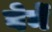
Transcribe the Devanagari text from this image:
बेर्ने